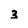
Character: 3